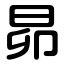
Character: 昴